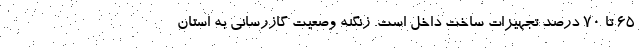
۶۵ تا ۷۰ درصد تجهیزات ساخت داخل است. زنگنه وصعیت گازرسانی به استان